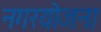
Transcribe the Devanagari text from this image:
नगरयोजना